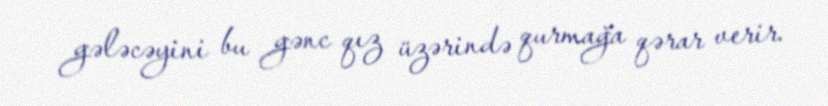
gələcəyini bu gənc qız üzərində qurmağa qərar verir.